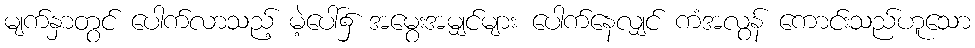
မျက်နှာတွင် ပေါက်လာသည့် မဲ့ပေါ်၌ အမွေးအမျှင်များ ပေါက်နေလျှင် ကံအလွန် ကောင်းသည်ဟူသော